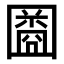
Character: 𫭒